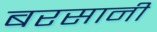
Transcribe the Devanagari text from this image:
बरसानी